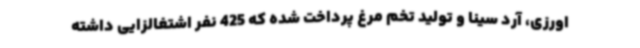
اورزی، آرد سینا و تولید تخم مرغ پرداخت شده که 425 نفر اشتغالزایی داشته